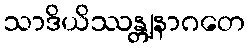
သာဒိယိဿန္တျနာဂတေ